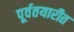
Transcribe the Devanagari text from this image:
पूर्वतयारीत